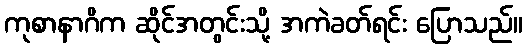
ကုစာနာဂိက ဆိုင်အတွင်းသို့ အကဲခတ်ရင်း ပြောသည်။